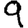
Digit: 9